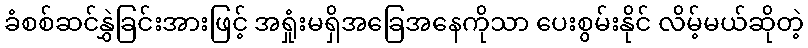
ခံစစ်ဆင်နွှဲခြင်းအားဖြင့် အရှုံးမရှိအခြေအနေကိုသာ ပေးစွမ်းနိုင် လိမ့်မယ်ဆိုတဲ့